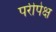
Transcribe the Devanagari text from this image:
परीपेक्ष